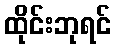
ထိုင်းဘုရင်